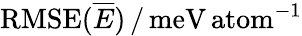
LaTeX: \mathrm{RMSE}(\overline{{E}})\, /\, \mathrm{meV\, atom}^{-1}